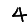
Digit: 4